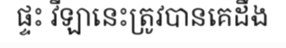
ផ្ទះ វីឡានេះត្រូវបានគេដឹង